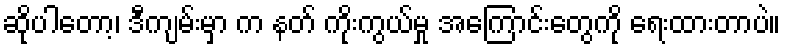
ဆိုပါတော့၊ ဒီကျမ်းမှာ က နတ် ကိုးကွယ်မှု အကြောင်းတွေကို ရေးထားတာပဲ။